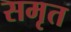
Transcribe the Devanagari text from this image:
समृत